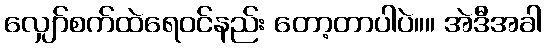
လျှော်စက်ထဲရေ၀င်နည်း တော့တာပါပဲ။။ အဲဒီအခါ